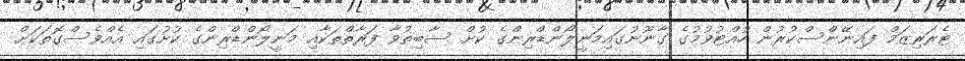
ޓެރަރިޒަމް ފައިނޭންސްކުރުން ހުއްޓުވުމުގެ ގާނޫނުގައިމަނީލޯންޑްރިންގެ ކުށް ސާބިތުވާ ފަރާތްތަކާއި މަނީލޯންޑްރިންގެ ކުށުގައި އެއްވެސްގޮތަކަށް